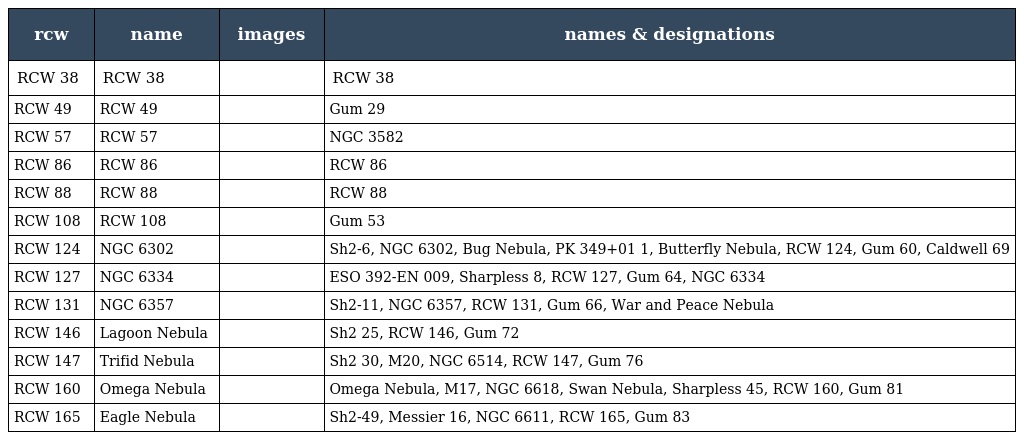
| rcw | name | images | names & designations |
 | --- | --- | --- | --- |
 | RCW 38 | RCW 38 |  | RCW 38 |
 | RCW 49 | RCW 49 |  | Gum 29 |
 | RCW 57 | RCW 57 |  | NGC 3582 |
 | RCW 86 | RCW 86 |  | RCW 86 |
 | RCW 88 | RCW 88 |  | RCW 88 |
 | RCW 108 | RCW 108 |  | Gum 53 |
 | RCW 124 | NGC 6302 |  | Sh2-6, NGC 6302, Bug Nebula, PK 349+01 1, Butterfly Nebula, RCW 124, Gum 60, Caldwell 69 |
 | RCW 127 | NGC 6334 |  | ESO 392-EN 009, Sharpless 8, RCW 127, Gum 64, NGC 6334 |
 | RCW 131 | NGC 6357 |  | Sh2-11, NGC 6357, RCW 131, Gum 66, War and Peace Nebula |
 | RCW 146 | Lagoon Nebula |  | Sh2 25, RCW 146, Gum 72 |
 | RCW 147 | Trifid Nebula |  | Sh2 30, M20, NGC 6514, RCW 147, Gum 76 |
 | RCW 160 | Omega Nebula |  | Omega Nebula, M17, NGC 6618, Swan Nebula, Sharpless 45, RCW 160, Gum 81 |
 | RCW 165 | Eagle Nebula |  | Sh2-49, Messier 16, NGC 6611, RCW 165, Gum 83 |